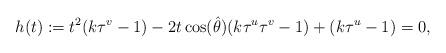
LaTeX: \begin{align*}h(t):=t^2(k\tau^v-1)-2t\cos(\hat\theta)(k\tau^u\tau^v-1) +(k\tau^u-1)=0,\end{align*}